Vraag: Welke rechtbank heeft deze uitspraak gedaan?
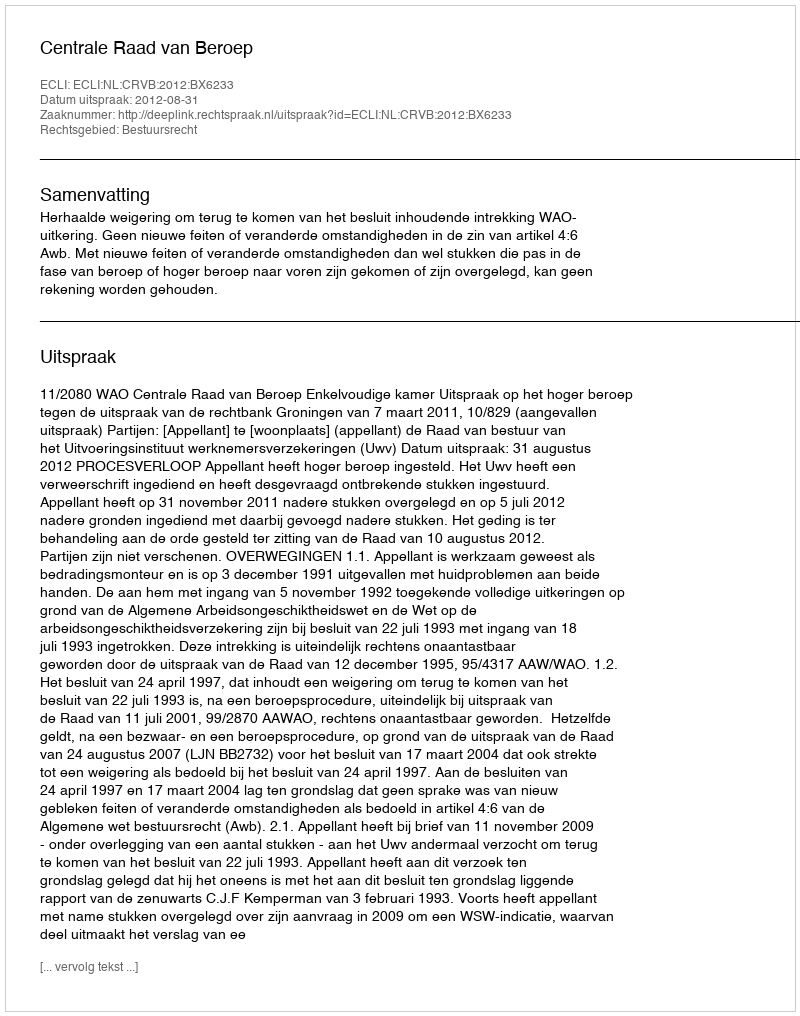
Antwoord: Centrale Raad van Beroep